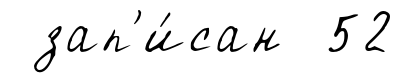
зап'и́сан 52